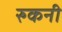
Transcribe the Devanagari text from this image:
रुकनी